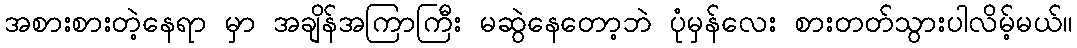
အစားစားတဲ့နေရာ မှာ အချိန်အကြာကြီး မဆွဲနေတော့ဘဲ ပုံမှန်လေး စားတတ်သွားပါလိမ့်မယ်။